Civil Veterinary Department Bengal reports 1923-33 - 1923-1933
Year: 1923
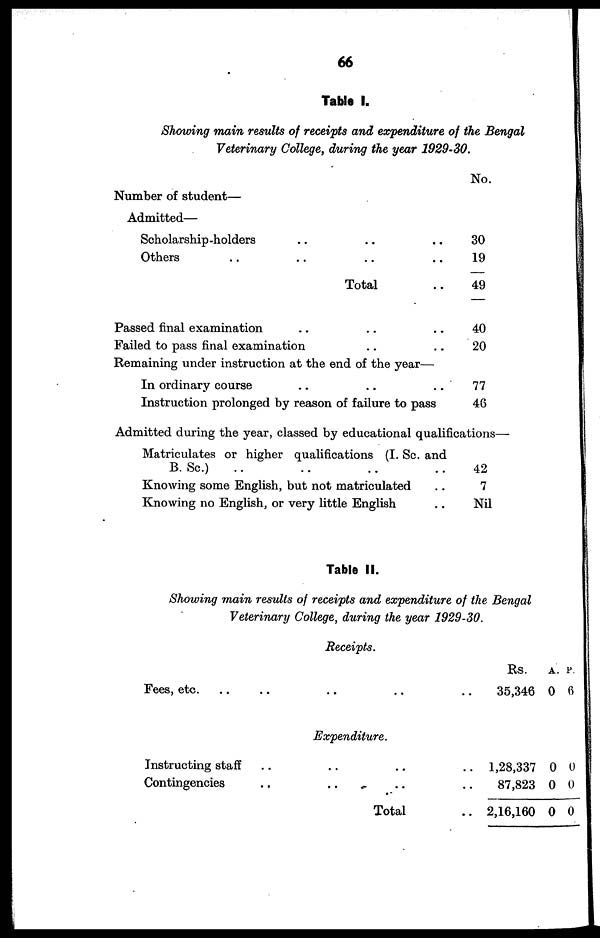
66
Table I.
Showing main results of receipts and expenditure of the Bengal
Veterinary College, during the year 1929-30.
Number of student—
Admitted—
Scholarship-holders .. .. ..
Others .. .. .. ..
Total ..
Passed final examination .. .. ..
Failed to pass final examination .. ..
Remaining under instruction at the end of the year—
In ordinary course .. .. ..
Instruction prolonged by reason of failure to pass
No.
30
19
49
40
20
77
46
Admitted during the year, classed by educational qualifications—
Matriculates or higher qualifications (I. Sc. and
B. Sc.) .. .. ..
Knowing some English, but not matriculated ..
Knowing no English, or very little English ..
42
7
Nil
Table II.
Showing main results of receipts and expenditure of the Bengal
Veterinary College, during the year 1929-30.
Receipts.
Fees, etc. .. .. .. .. ..
Rs. A. P.
35,346 0 6
Expenditure.
Instructing staff .. .. .. ..
Contingencies .. .. .. ..
Total ..
1,28,337 0 0
87,823 0 0
2,16,160 0 0